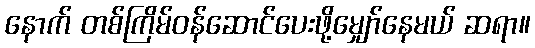
နောက် တစ်ကြိမ်ဝန်ဆောင်ပေးဖို့မျှော်နေမယ် ဆရာ။